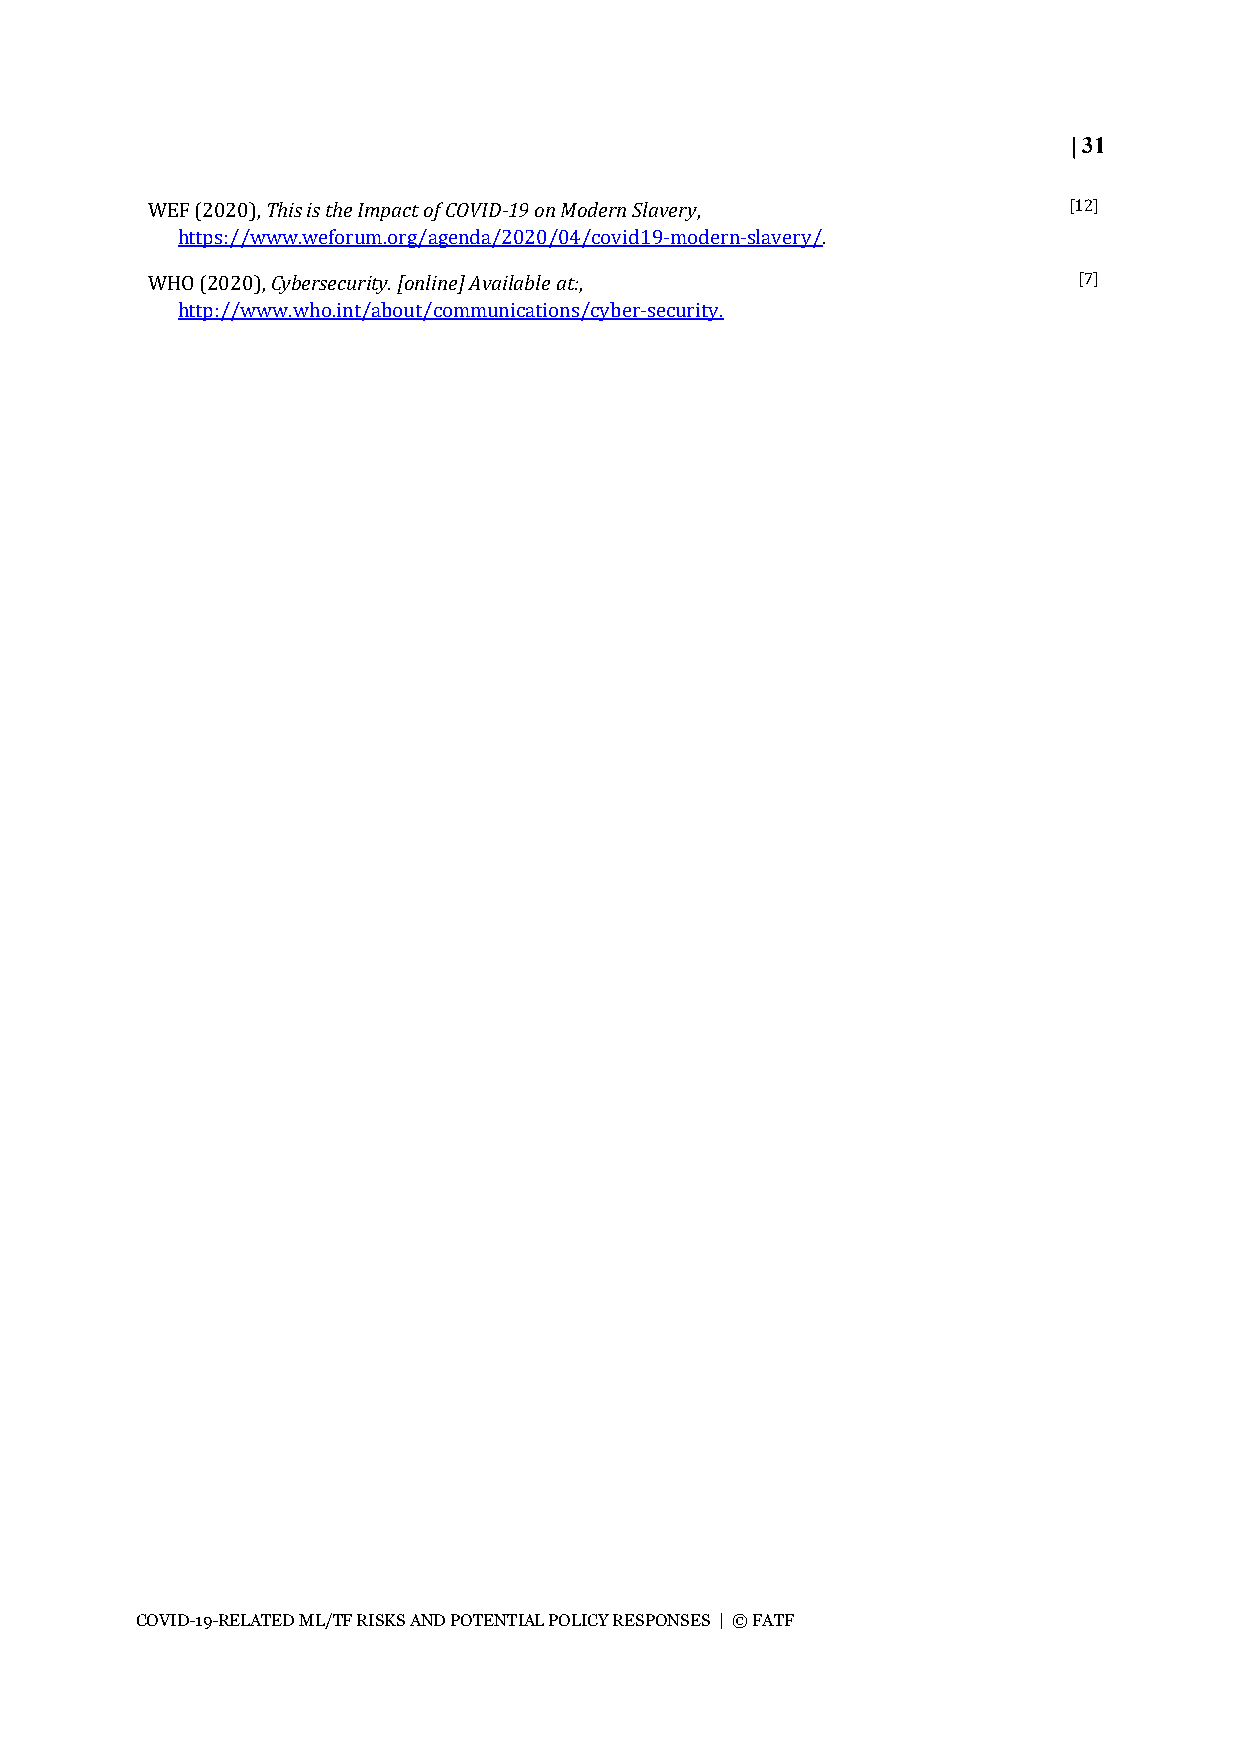
| 31
 WEF (2020), This is the Impact of COVID-19 on Modern Slavery, [12]
 https://www.weforum.org/agenda/2020/04/covid19-modern-slavery/.
 WHO (2020), Cybersecurity. [online] Available at:,           [7]
 http://www.who.int/about/communications/cyber-security.
 COVID-19-RELATED ML/TF RISKS AND POTENTIAL POLICY RESPONSES | © FATF